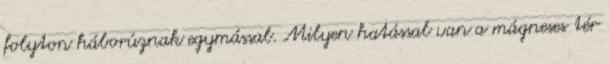
folyton háborúznak egymással. Milyen hatással van a mágneses tér